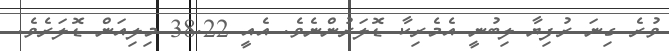
ވުރެ ގިނަ ރުފިޔާ ލިބުނީ އެމެރިކާ ޑޮލަރުންނެވެ. އެއީ 38.22 މިލިއަން ޑޮލަރެވެ.